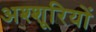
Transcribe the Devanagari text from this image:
अश्शूरियों